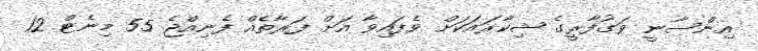
އިންސާނީ ވަގުފާރީގެ ޝިކާރައަކަށް ވެފައިވާ އަށް ފަރާތެއް ފެނިއްޖެ 55 މިނެޓް 12